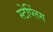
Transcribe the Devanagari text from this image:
स्टेप्लिंग